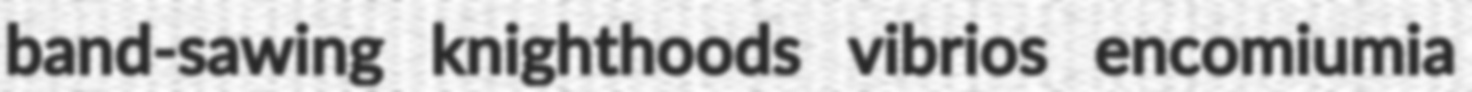
band-sawing knighthoods vibrios encomiumia